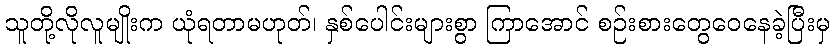
သူတို့လိုလူမျိုးက ယုံရတာမဟုတ်၊ နှစ်ပေါင်းများစွာ ကြာအောင် စဉ်းစားတွေဝေနေခဲ့ပြီးမှ